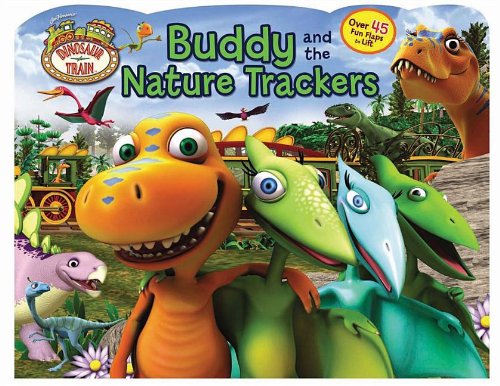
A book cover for Dinosaur Train Buddy and the Nature Trackers (Lift-the-Flap); Dinosaur Train; Children's Books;